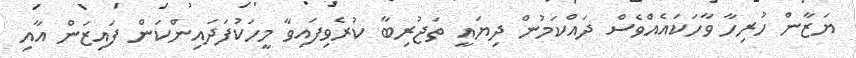
ޔަޒާން ހުރިހާ ވާހަކައެއްވެސް ދައްކަމުން ދިޔައީ ތަޖުރިބާ ކުރެވިފައިވާ މީހަކުފަދައިންކަން ފައިޒަން އާއި